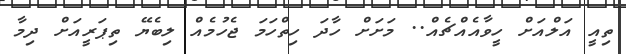
ތިއީ އަލްއަށް ހީވާއެއްޗެއް.. މަށަށް ހާދަ ހިތްހަމަ ޖެހުމެއް ލިބެޔޭ ތިޕަރީއަށް ދިމާ